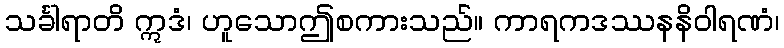
သင်္ခါရာတိ ဣဒံ၊ ဟူသောဤစကားသည်။ ကာရကဒဿနနိဝါရဏံ၊